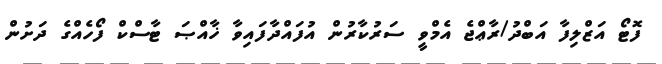
ފޮޓޯ އަޒްލިފާ އަބްދު/ރާޢްޖެ އެމްވީ ސަރުކާރުން އުފައްދާފައިވާ ޚާއްޞަ ޓާސްކް ފޯހެއްގެ ދަށުން